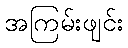
အကြမ်းဖျင်း